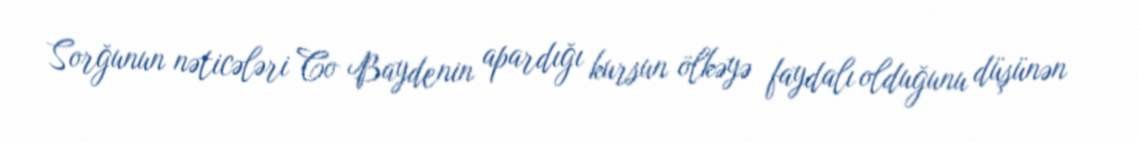
Sorğunun nəticələri Co Baydenin apardığı kursun ölkəyə faydalı olduğunu düşünən